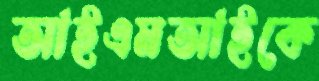
আইএমআইকে